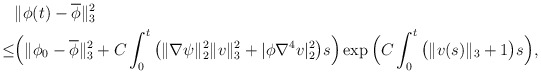
\begin{align*}&\|\phi(t)-\overline{\phi}\|^2_3\\\leq& \Big(\|\phi_0-\overline{\phi}\|^2_{3}+C\int_0^t \big(\|\nabla \psi\|^2_2\|v\|^2_3+|\phi\nabla^4 v|^2_2\big)s\Big) \exp\Big(C\int_0^t \big(\| v(s)\|_{3}+1\big)s\Big),\end{align*}